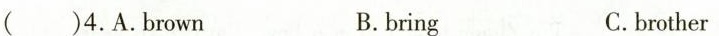
( )4.A.brown B.bring C.brother